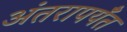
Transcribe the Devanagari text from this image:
अंतरापर्यँत